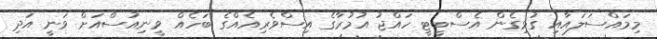
މިމައްސަލައާއި ގުޅިގެން އެސްބީޓީ ހައްޖު އުމުރާގެ އިސްވެރިއެއްގެ ބަހެއް ވީނިއުސްއަށް ވަނީ އަދި